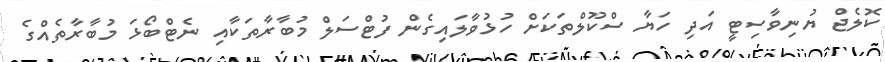
ކޮލެޖް ޔުނިވާސިޓީ އަދި ހަޔާ ސްކޫލްތަކަށް ހުޅުވާލައިގެން ފުޓްސަލް މުބާރާތަކާއި ނެޓްބޯޅަ މުބާރާތެއްގެ